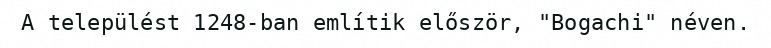
A települést 1248-ban említik először, "Bogachi" néven.